Scottish Leaving Certificate Examination, 1959
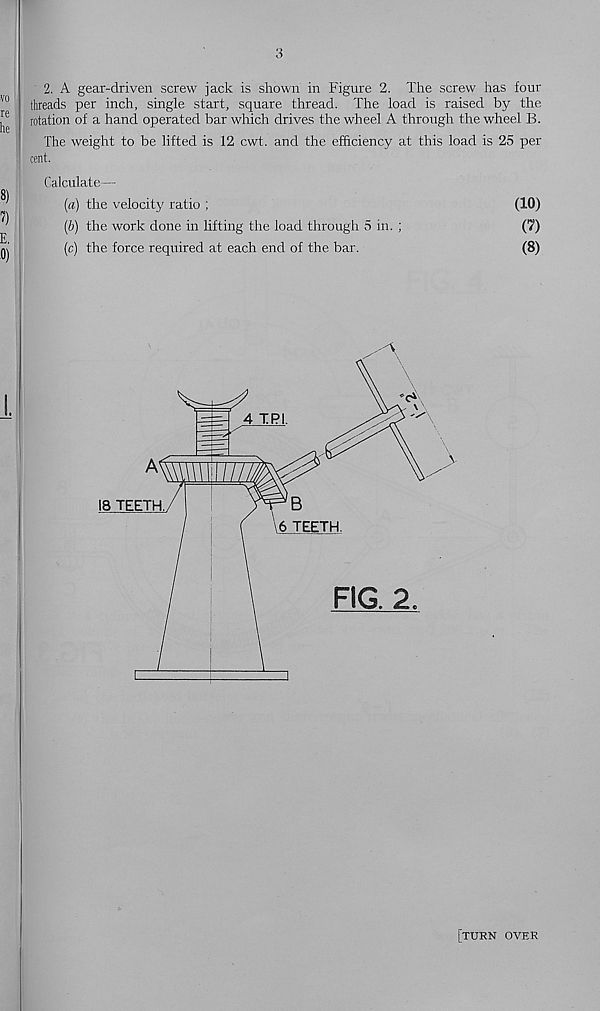
3
2. A gear-driven screw jack is shown in Figure 2. The screw has four
*° threads per inch, single start, square thread. The load is raised by the
^ rotation of a hand operated bar which drives the wheel A through the wheel B.
The weight to be lifted is 12 cwt. and the efficiency at this load is 25 per
! cent.
Calculate—
(a) the velocity ratio ;
(b) the work done in lifting the load through 5 in. ;
(c) the force required at each end of the bar.
(10)
(?)
(8)
[turn over